Report of the Indian Hemp Drugs Commission, 1894-1895 - Volume I
Year: 1894
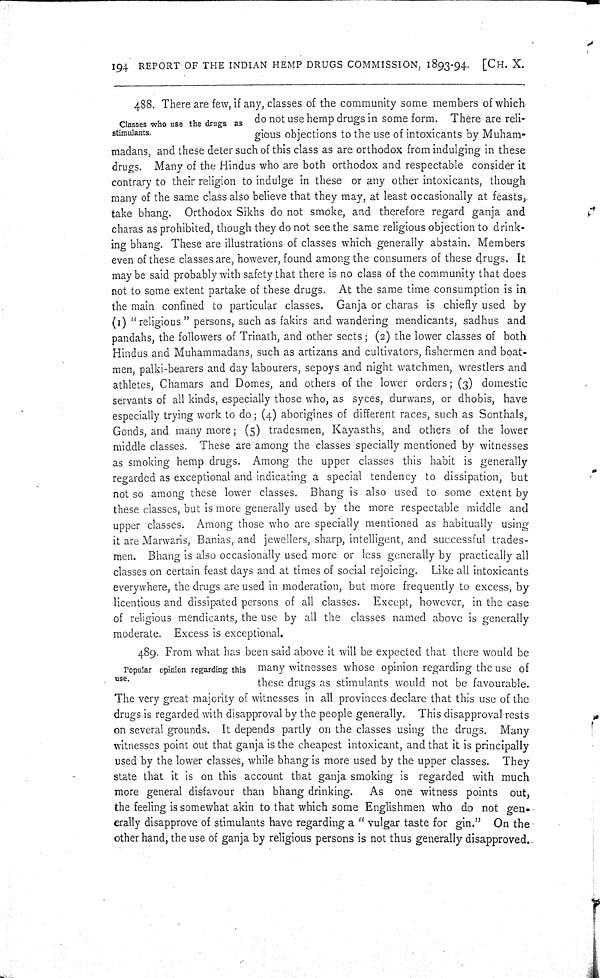
194 REPORT OF THE INDIAN HEMP DRUGS COMMISSION, 1893-94. [CH. X.
488. There are few, if any, classes of the community some members of which
Classes who use the drugs as
stimulants.
do not use hemp drugs in some form. There are reli-
gious objections to the use of intoxicants by Muham-
madans, and these deter such of this class as are orthodox from indulging in these
drugs. Many of the Hindus who are both orthodox and respectable consider it
contrary to their religion to indulge in these or any other intoxicants, though
many of the same class also believe that they may, at least occasionally at feasts,
take bhang. Orthodox Sikhs do not smoke, and therefore regard ganja and
charas as prohibited, though they do not see the same religious objection to drink-
ing bhang. These are illustrations of classes which generally abstain. Members
even of these classes are, however, found among the consumers of these drugs. It
may be said probably with safety that there is no class of the community that does
not to some extent partake of these drugs. At the same time consumption is in
the main confined to particular classes. Ganja or charas is chiefly used by
(I) "religious" persons, such as fakirs and wandering mendicants, sadhus and
pandahs, the followers of Trinath, and other sects; (2) the lower classes of both
Hindus and Muhammadans, such as artizans and cultivators, fishermen and boat-
men, palki-bearers and day labourers, sepoys and night watchmen, wrestlers and
athletes, Chamars and Domes, and others of the lower orders; (3) domestic
servants of all kinds, especially those who, as syces, durwans, or dhobis, have
especially trying work to do; (4) aborigines of different races, such as Sonthals,
Gonds, and many more; (5) tradesmen, Kayasths, and others of the lower
middle classes. These are among the classes specially mentioned by witnesses
as smoking hemp drugs. Among the upper classes this habit is generally
regarded as exceptional and indicating a special tendency to dissipation, but
not so among these lower classes. Bhang is also used to some extent by
these classes, but is more generally used by the more respectable middle and
upper classes. Among those who are specially mentioned as habitually using
it are Marwaris, Banias, and jewellers, sharp, intelligent, and successful trades-
men. Bhang is also occasionally used more or less generally by practically all
classes on certain feast days and at times of social rejoicing. Like all intoxicants
everywhere, the drugs are used in moderation, but more frequently to excess, by
licentious and dissipated persons of all classes. Except, however, in the case
of religious mendicants, the use by all the classes named above is generally
moderate. Excess is exceptional.
489. From what has been said above it will be expected that there would be
many witnesses whose opinion regarding the use of
these drugs as stimulants would not be favourable.
The very great majority of witnesses in all provinces declare that this use of the
drugs is regarded with disapproval by the people generally. This disapproval rests
on several grounds. It depends partly on the classes using the drugs. Many
witnesses point out that ganja is the cheapest intoxicant, and that it is principally
used by the lower classes, while bhang is more used by the upper classes. They
state that it is on this account that ganja smoking is regarded with much
more general disfavour than bhang drinking. As one witness points out,
the feeling is somewhat akin to that which some Englishmen who do not gen-
erally disapprove of stimulants have regarding a "vulgar taste for gin." On the
other hand, the use of ganja by religious persons is not thus generally disapproved.
Popular opinion regarding this
use.